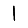
Digit: 1